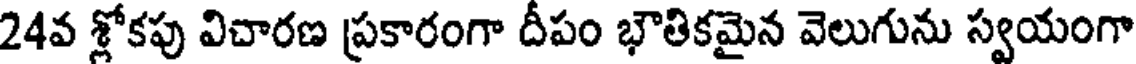
24వ శ్లోకపు విచారణ ప్రకారంగా దీపం భౌతికమైన వెలుగును స్వయంగా